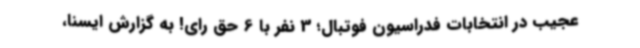
عجیب در انتخابات فدراسیون فوتبال؛ 3 نفر با 6 حق رای! به گزارش ایسنا،